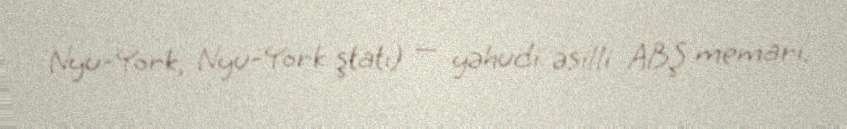
Nyu-York, Nyu-York ştatı) — yəhudi əsilli ABŞ memarı.